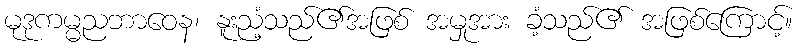
မုဒုကမ္မညဘာဝေန၊ နူးညံ့သည်၏အဖြစ် အမှုအား ခံ့သည်၏ အဖြစ်ကြောင့်။